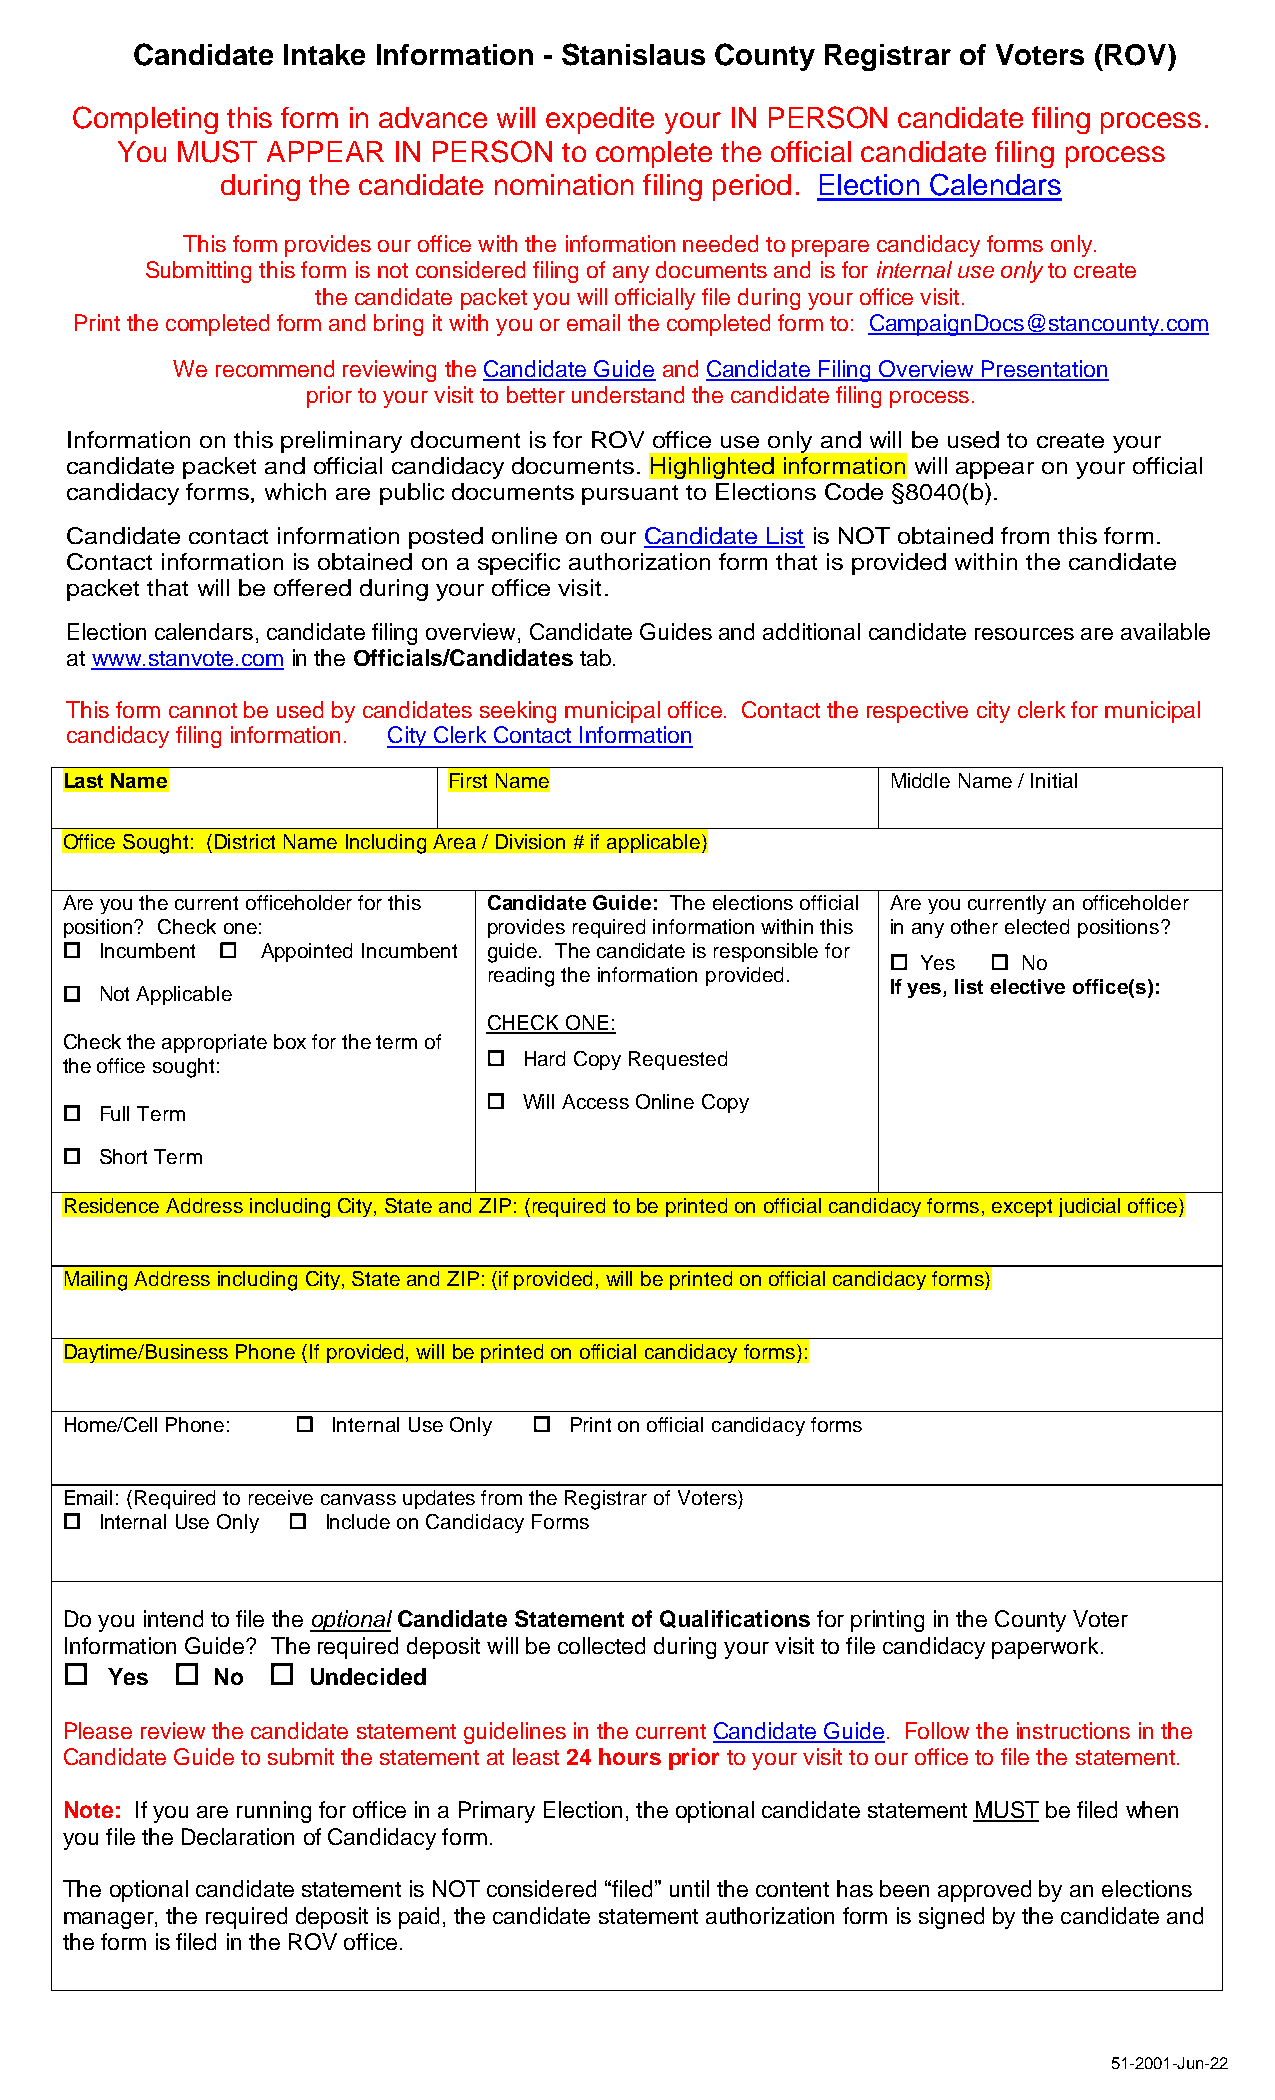
Candidate Intake Information - Stanislaus County Registrar of Voters (ROV)
 Completing this form in advance will expedite your IN PERSON candidate filing process.
 You MUST  APPEAR  IN PERSON  to complete the official candidate filing process
 during the candidate nomination filing period. Election Calendars
 This form provides our office with the information needed to prepare candidacy forms only.
 Submitting this form is not considered filing of any documents and is for internal use only to create
 the candidate packet you will officially file during your office visit.
 Print the completed form and bring it with you or email the completed form to: CampaignDocs@stancounty.com
 We recommend reviewing the Candidate Guide and Candidate Filing Overview Presentation
 prior to your visit to better understand the candidate filing process.
 Information on this preliminary document is for ROV office use only and will be used to create your
 candidate packet and official candidacy documents. Highlighted information will appear on your official
 candidacy forms, which are public documents pursuant to Elections Code §8040(b).
 Candidate contact information posted online on our Candidate List is NOT obtained from this form.
 Contact information is obtained on a specific authorization form that is provided within the candidate
 packet that will be offered during your office visit.
 Election calendars, candidate filing overview, Candidate Guides and additional candidate resources are available
 at www.stanvote.com in the Officials/Candidates tab.
 This form cannot be used by candidates seeking municipal office. Contact the respective city clerk for municipal
 candidacy filing information. City Clerk Contact Information
 Last Name                 First Name                   Middle Name / Initial
 Office Sought: (District Name Including Area / Division # if applicable)
 Are you the current officeholder for this Candidate Guide: The elections official Are you currently an officeholder
 position? Check one:        provides required information within this in any other elected positions?
   Incumbent  Appointed Incumbent guide. The candidate is responsible for
  Yes   No
 reading the information provided.
 If yes, list elective office(s):
   Not Applicable
 CHECK ONE:
 Check the appropriate box for the term of
   Hard Copy Requested
 the office sought:
   Will Access Online Copy
   Full Term
   Short Term
 Residence Address including City, State and ZIP: (required to be printed on official candidacy forms, except judicial office)
 Mailing Address including City, State and ZIP: (if provided, will be printed on official candidacy forms)
 Daytime/Business Phone (If provided, will be printed on official candidacy forms):
 Home/Cell Phone:  Internal Use Only  Print on official candidacy forms
 Email: (Required to receive canvass updates from the Registrar of Voters)
   Internal Use Only  Include on Candidacy Forms
 Do you intend to file the optional Candidate Statement of Qualifications for printing in the County Voter
 Information Guide? The required deposit will be collected during your visit to file candidacy paperwork.
   Yes   No   Undecided
 Please review the candidate statement guidelines in the current Candidate Guide. Follow the instructions in the
 Candidate Guide to submit the statement at least 24 hours prior to your visit to our office to file the statement.
 Note: If you are running for office in a Primary Election, the optional candidate statement MUST be filed when
 you file the Declaration of Candidacy form.
 The optional candidate statement is NOT considered “filed” until the content has been approved by an elections
 manager, the required deposit is paid, the candidate statement authorization form is signed by the candidate and
 the form is filed in the ROV office.
 51-2001-Jun-22